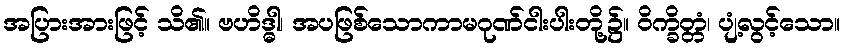
အပြားအားဖြင့် သိ၏။ ဗဟိဒ္ဓါ၊ အပဖြစ်သောကာမဂုဏ်ငါးပါးတို့၌။ ဝိက္ခိတ္တံ၊ ပျံ့လွင့်သော။